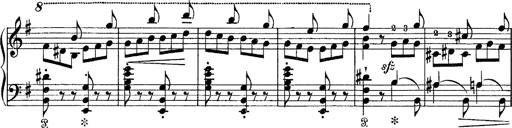
Title: Tarantelle di bravura dâ€™aprÃ¨s la tarantelle de La muette de Portici
Composer: Franz Liszt